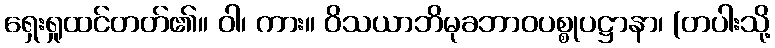
ရှေးရှုထင်တတ်၏။ ဝါ၊ ကား။ ဝိသယာဘိမုခဘာဝပစ္စုပဋ္ဌာနာ၊ (တပါးသို့